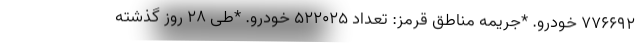
۷۷۶۶۹۲ خودرو. *جریمه مناطق قرمز: تعداد ۵۲۲۰۲۵ خودرو. *طی ۲۸ روز گذشته